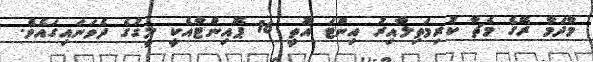
މާދަމާ ރޭގެ މެޗާ ކުރިމަތިލާއިރު އިންޓަ އޮތީ 16 ޕޮއިންޓާއެކީ ލީގުގެ ދެވަނައިގައެވެ.